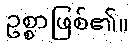
ဥစ္စာဖြစ်၏။